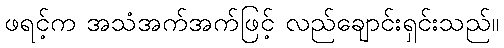
ဖရင့်က အသံအက်အက်ဖြင့် လည်ချောင်းရှင်းသည်။